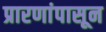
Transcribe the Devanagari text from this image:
प्रारणांपासून